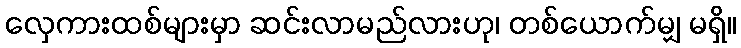
လှေကားထစ်များမှာ ဆင်းလာမည်လားဟု၊ တစ်ယောက်မျှ မရှိ။